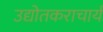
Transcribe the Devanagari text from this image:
उद्योतकराचार्य